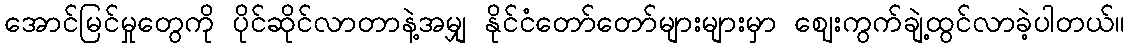
အောင်မြင်မှုတွေကို ပိုင်ဆိုင်လာတာနဲ့အမျှ နိုင်ငံတော်တော်များများမှာ ဈေးကွက်ချဲ့ထွင်လာခဲ့ပါတယ်။